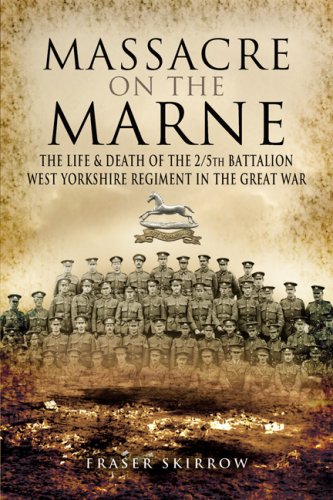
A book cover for The Massacre on the Marne: The Life and Death of the 2/5th Battalion West Yorkshire Regiment in the Great War; Fraser Skirrow; History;